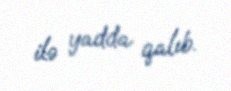
ilə yadda qalıb.